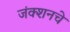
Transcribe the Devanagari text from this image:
जंक्शनचे